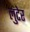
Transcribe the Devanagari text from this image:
लुटेर